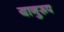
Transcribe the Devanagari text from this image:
यानुरूप